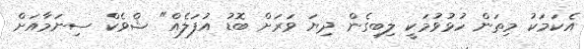
އެކަމަކު މިތަން ހުޅުވުމަކީ ލިބިގެން ދިޔަ ވަރަށް ބޮޑު އުފަލެއް" ޝްވެކް ސިނަމާއަށް